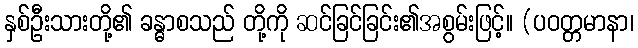
နှစ်ဦးသားတို့၏ ခန္ဓာစသည် တို့ကို ဆင်ခြင်ခြင်း၏အစွမ်းဖြင့်။ (ပဝတ္တမာနာ၊